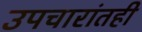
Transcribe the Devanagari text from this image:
उपचारांतही